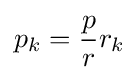
p_{k}={\frac {p}{r}}r_{k}